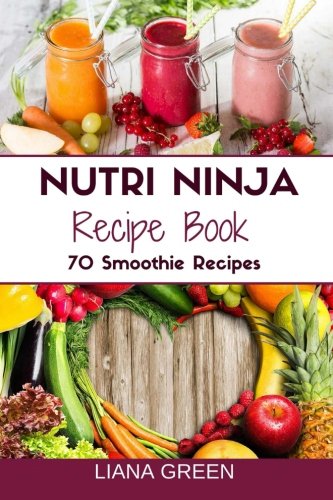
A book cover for Nutri Ninja Recipe Book: 70 Smoothie Recipes for Weight Loss, Increased Energy a; Liana Green; Cookbooks, Food & Wine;